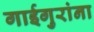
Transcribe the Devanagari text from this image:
गाईगुरांना